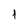
Character: 1